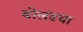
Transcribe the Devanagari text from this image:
बोलंडचा